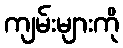
ကျမ်းများကို